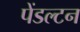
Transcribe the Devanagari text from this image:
पेंडल्टन